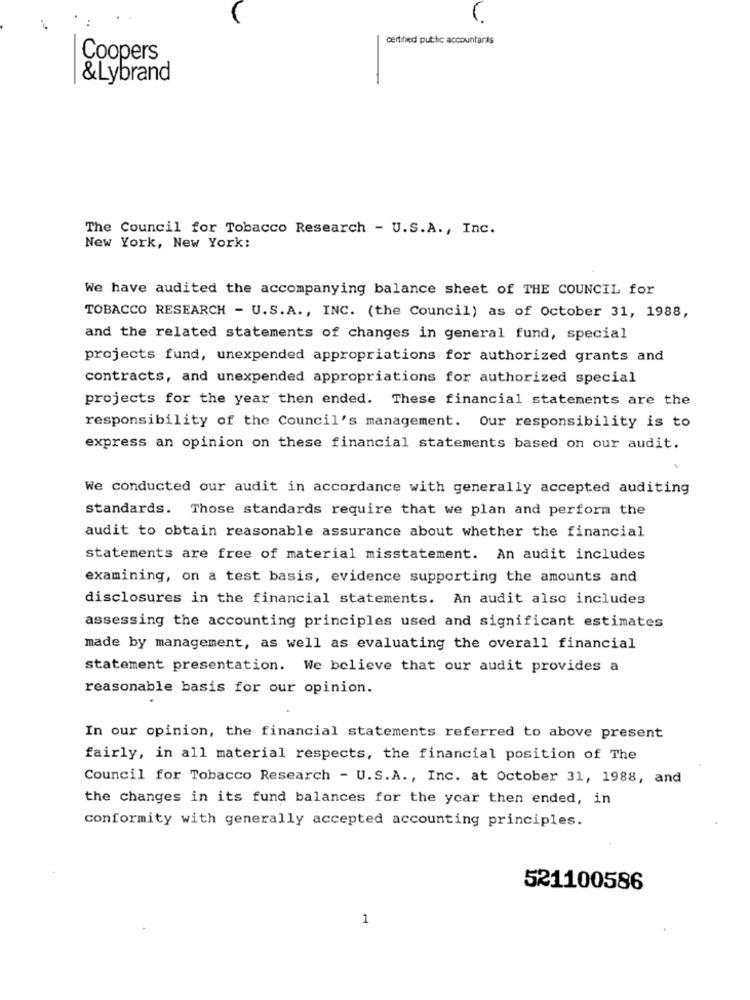
certified putthe accountaris
Coopers
&Lybrand
The Council for Tobacco Research - U.S.A ., Inc.
New York, New York:
We have audited the accompanying balance sheet of THE COUNCIL for
TOBACCO RESEARCH - U.S.A ., INC. (the Council) as of October 31, 1988,
and the related statements of changes in general fund, special
projects fund, unexpended appropriations for authorized grants and
contracts, and unexpended appropriations for authorized special
projects for the year then ended. These financial statements are the
responsibility of the Council's management. Our responsibility is to
express an opinion on these financial statements based on our audit.
We conducted our audit in accordance with generally accepted auditing
standards. Those standards require that we plan and perform the
audit to obtain reasonable assurance about whether the financial
statements are free of material misstatement. An audit includes
examining, on a test basis, evidence supporting the amounts and
disclosures in the financial statements. An audit also includes
assessing the accounting principles used and significant estimates
made by management, as well as evaluating the overall financial
statement presentation. We believe that our audit provides a
reasonable basis for our opinion.
In our opinion, the financial statements referred to above present
fairly, in all material respects, the financial position of The
Council for Tobacco Research - U.S.A ., Inc. at October 31, 1988, and
the changes in its fund balances for the ycar then ended, in
conformity with generally accepted accounting principles.
521100586
1